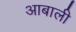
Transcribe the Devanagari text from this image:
आबाली